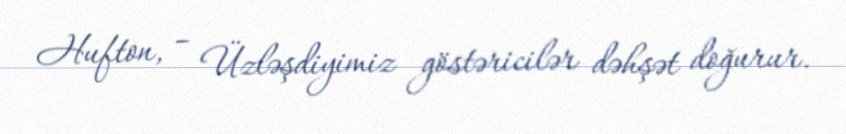
Hufton, – Üzləşdiyimiz göstəricilər dəhşət doğurur.